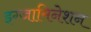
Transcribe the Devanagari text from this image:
इग्जामिनेशन